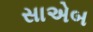
સાએબ